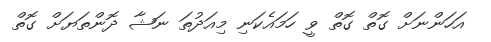
އަހަންނަށް ގޮތް ގޮތް ވީ ހަމައެކަނި މިއަދުތަ ނަޝާ ދޮންތަޔަށް ގޮތް